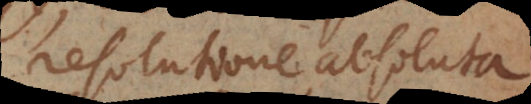
resolutione absoluta